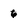
Character: 6